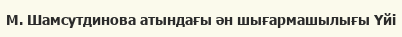
М. Шамсутдинова атындағы ән шығармашылығы Үйі